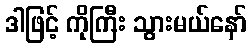
ဒါဖြင့် ကိုကြီး သွားမယ်နော်